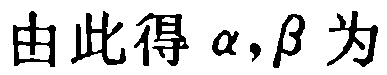
由此得 \(\alpha,\beta\) 为